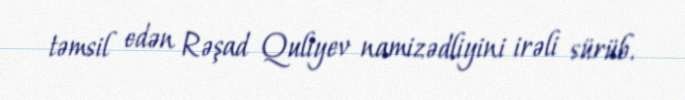
təmsil edən Rəşad Quliyev namizədliyini irəli sürüb.